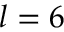
l = 6